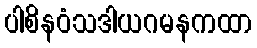
ပါစိနဝံသဒါယဂမနကထာ